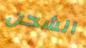
الشحن